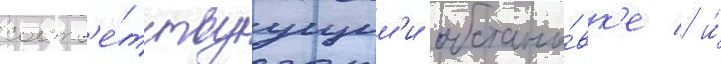
соотв'е́тствуущим'и обстано́вк'е / и́